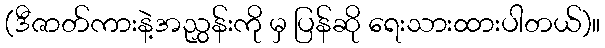
(ဒီဇာတ်ကားနဲ့အညွှန်းကို မှ ပြန်ဆို ရေးသားထားပါတယ်)။